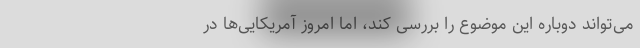
می‌تواند دوباره این موضوع را بررسی کند، اما امروز آمریکایی‌ها در